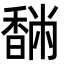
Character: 䭱